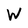
Character: W